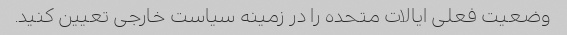
وضعیت فعلی ایالات متحده را در زمینه سیاست خارجی تعیین کنید.